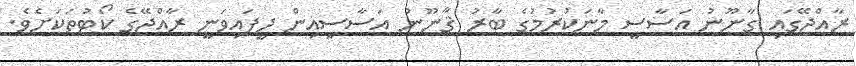
ރާއްޖޭގައި ގާނޫނު އަސާސީ މާނަކުރުމުގެ ބާރު ޤާނޫނު އަސާސީއިން ދީފައިވަނީ ރާއްޖޭގެ ކޯޓުތަކަށެވެ.